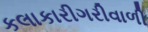
કલાકારીગરીવાળી